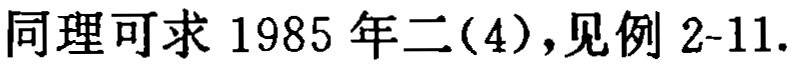
同理可求 1985 年二(4)，见例 2-11.